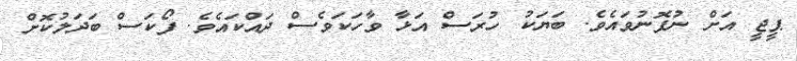
ޕީޖީ އަށް ނުފޮނުވައެވެ. ބަޔަކު ހުރަސް އަޅާ ވާހަކަވެސް ދައްކައެވެ. ފޯކަސް ބަދަލުކޮށް